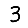
Digit: 3